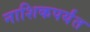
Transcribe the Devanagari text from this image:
नाशिकपर्यंत